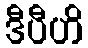
ဒီပီဟိ